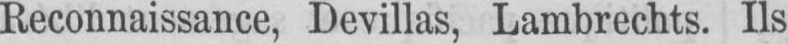
Reconnaissance, Devillas, Lambrechts. Ils